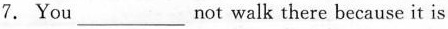
7. You ___ not walk there because it is